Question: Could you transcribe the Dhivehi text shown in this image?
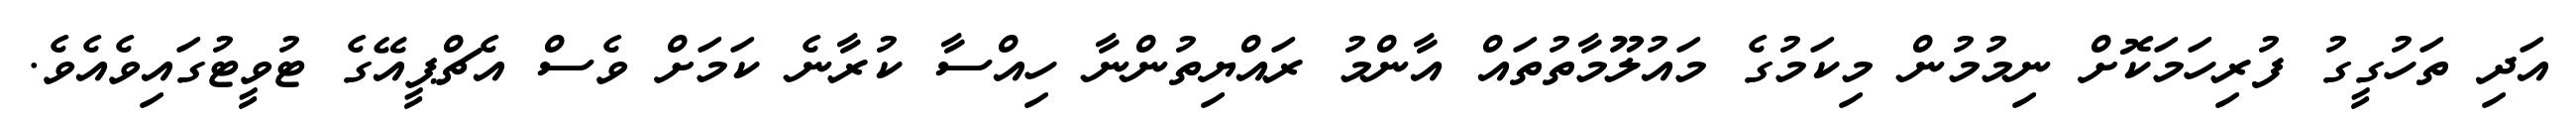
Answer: އަދި ތަހުގީގު ފުރިހަމަކޮށް ނިމުމުން މިކަމުގެ މައުލޫމާތުތައް އާންމު ރައްޔިތުންނާ ހިއްސާ ކުރާނެ ކަމަށް ވެސް އެޗްޕީއޭގެ ޓުވީޓުގައިވެއެވެ.